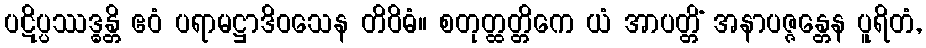
ပဋိပ္ပဿဒ္ဓန္တိ ဧဝံ ပရာမဋ္ဌာဒိဝသေန တိဝိဓံ။ စတုတ္ထတ္တိကေ ယံ အာပတ္တိံ အနာပဇ္ဇန္တေန ပူရိတံ,